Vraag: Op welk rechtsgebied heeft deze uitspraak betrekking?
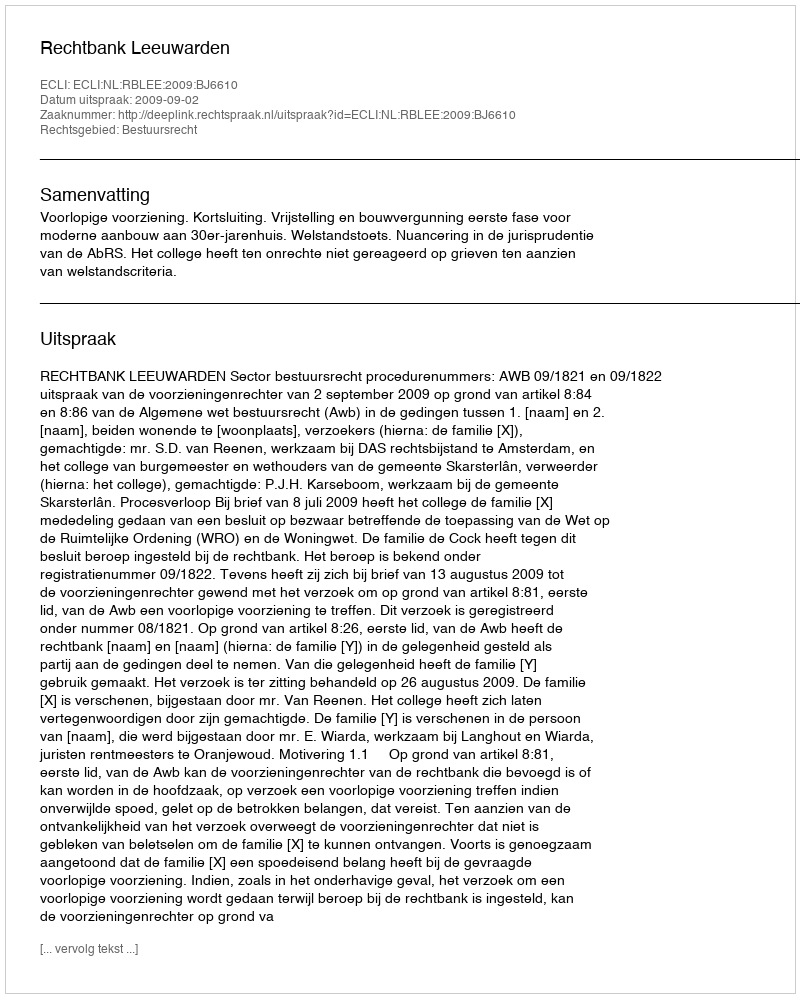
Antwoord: Bestuursrecht